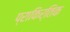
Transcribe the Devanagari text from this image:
प्राकिर्तिक